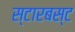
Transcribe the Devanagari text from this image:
स्टारबस्ट